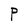
Character: P